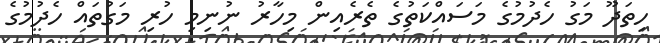
ހިތަދޫ މަގު ހެދުމުގެ މަސައްކަތުގެ ތެރެއިން މިހާރު ނުނިމި ހުރި މަގުތައް ހެދުމުގެ